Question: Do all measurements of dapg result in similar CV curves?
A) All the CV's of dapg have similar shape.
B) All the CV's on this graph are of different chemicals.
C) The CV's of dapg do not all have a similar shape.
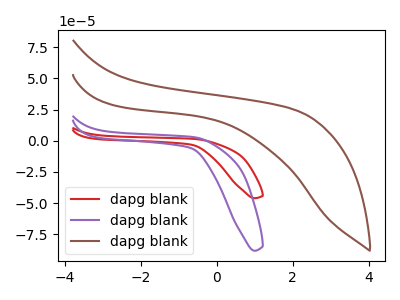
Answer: <think>The red curve "dapg blank1" has no peaks. The purple curve "dapg blank2" has no peaks. The brown curve "dapg blank3" has no peaks.
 Neither "dapg blank1" or "dapg blank2" have any peaks. Neither "dapg blank1" or "dapg blank3" have any peaks. Neither "dapg blank2" or "dapg blank3" have any peaks.</think>
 <answer>A) All the CV's of "dapg" have similar shape.</answer>
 <eval>A</eval>